Annual administration and progress report of the Indian Medical Department, Bombay
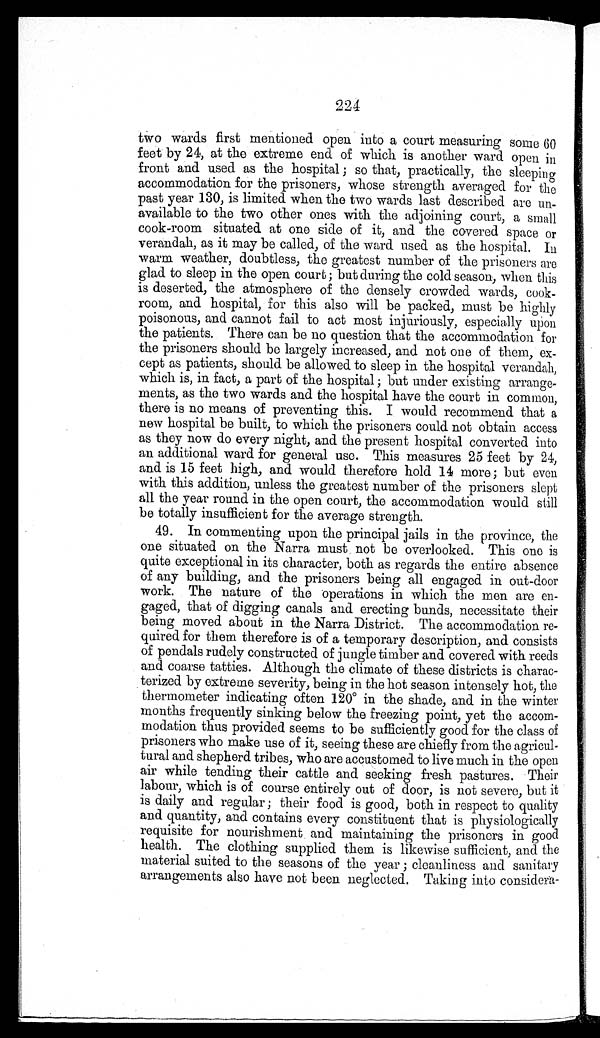
224
two wards first mentioned open into a court measuring some 60
feet by 24, at the extreme end of which is another ward open in
front and used as the hospital ; so that, practically, the sleeping
accommodation for the prisoners, whose strength averaged for the
past year 130, is limited when the two wards last described are un-
available to the two other ones with the adjoining court, a small
cook-room situated at one side of it, and the covered space or
verandah, as it may be called, of the ward used as the hospital. In
warm weather, doubtless, the greatest number of the prisoners are
glad to sleep in the open court ; but during the cold season, when this
is deserted, the atmosphere of the densely crowded wards, cook-
room, and hospital, for this also will be packed, must be highly
poisonous, and cannot fail to act most injuriously, especially upon
the patients. There can be no question that the accommodation for
the prisoners should be largely increased, and not one of them, ex-
cept as patients, should be allowed to sleep in the hospital verandah,
which is, in fact, a part of the hospital ; but under existing arrange-
ments, as the two wards and the hospital have the court in common,
there is no means of preventing this. I would recommend that a
new hospital be built, to which the prisoners could not obtain access
as they now do every night, and the present hospital converted into
an additional ward for general use. This measures 25 feet by 24,
and is 15 feet high, and would therefore hold 14 more ; but even
with this addition, unless the greatest number of the prisoners slept
all the year round in the open court, the accommodation would still
be totally insufficient for the average strength.
49. In commenting upon the principal jails in the province, the
one situated on the Narra must not be overlooked. This one is
quite exceptional in its character, both as regards the entire absence
of any building, and the prisoners being all engaged in out-door
work. The nature of the operations in which the men are en-
gaged, that of digging canals and erecting bunds, necessitate their
being moved about in the Narra District. The accommodation re-
quired. for them therefore is of a temporary description, and consists
of pendals rudely constructed of jungle timber and covered with reeds
and coarse tatties. Although the climate of these districts is charac-
terized by extreme severity, being in the hot season intensely hot, the
thermometer indicating often 120° in the shade, and in the winter
months frequently sinking below the freezing point, yet the accom-
modation thus provided seems to be sufficiently good for the class of
prisoners who make use of it, seeing these are chiefly from the agricul
- t u r a l a n d s h e p h e r d t r i b e s , w h o a r e a c c u s t o m e d t o l i v e m u c h i n t h e o p e n
air while tending their cattle and seeking fresh pastures. Their
labour, which is of course entirely out of door, is not severe, but it
is daily and regular ; their food is good, both in respect to quality
and quantity, and contains every constituent that is physiologically
requisite for nourishment . and maintaining the prisoners in good
health. The clothing supplied them is likewise sufficient, and the
material suited to the seasons of the year ; cleanliness and sanitary
arrangements also have not been neglected. Taking into considera-